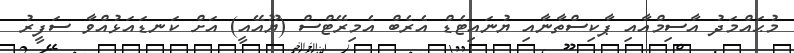
މުޙައްމަދު އާސިމްއާއި ޕާކިސްތާނާއި ޔުނައިޓެޑް އެރެބް އެމިރޭޓްސް (ޔޫއޭއީ) އަށް ކަނޑައަޅުއްވާ ސަފީރު